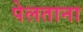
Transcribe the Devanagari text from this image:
पेलताना